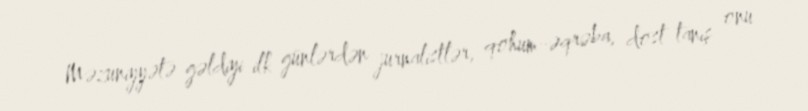
Məzuniyyətə gəldiyi ilk günlərdən jurnalistlər, qohum-əqrəba, dost-tanış onu